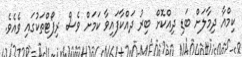
ކިމްއާ ދިމާލަށް ބަޑި ދިއްކޮށް ބިރު ދައްކާފައިވާ ކަމަށް ވެސް ރިޕޯޓްތަކުގައި ވެއެވެ.